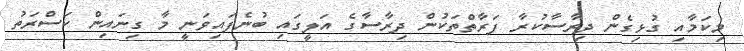
މިކަމާއި ގުޅިގެން ދިރާސާކުރާ ފަރާތްތަކުން ދިރާސާގެ އަލީގައި ބުނެފައިވަނީ މާ ގިނައިން ކަސްރަތު